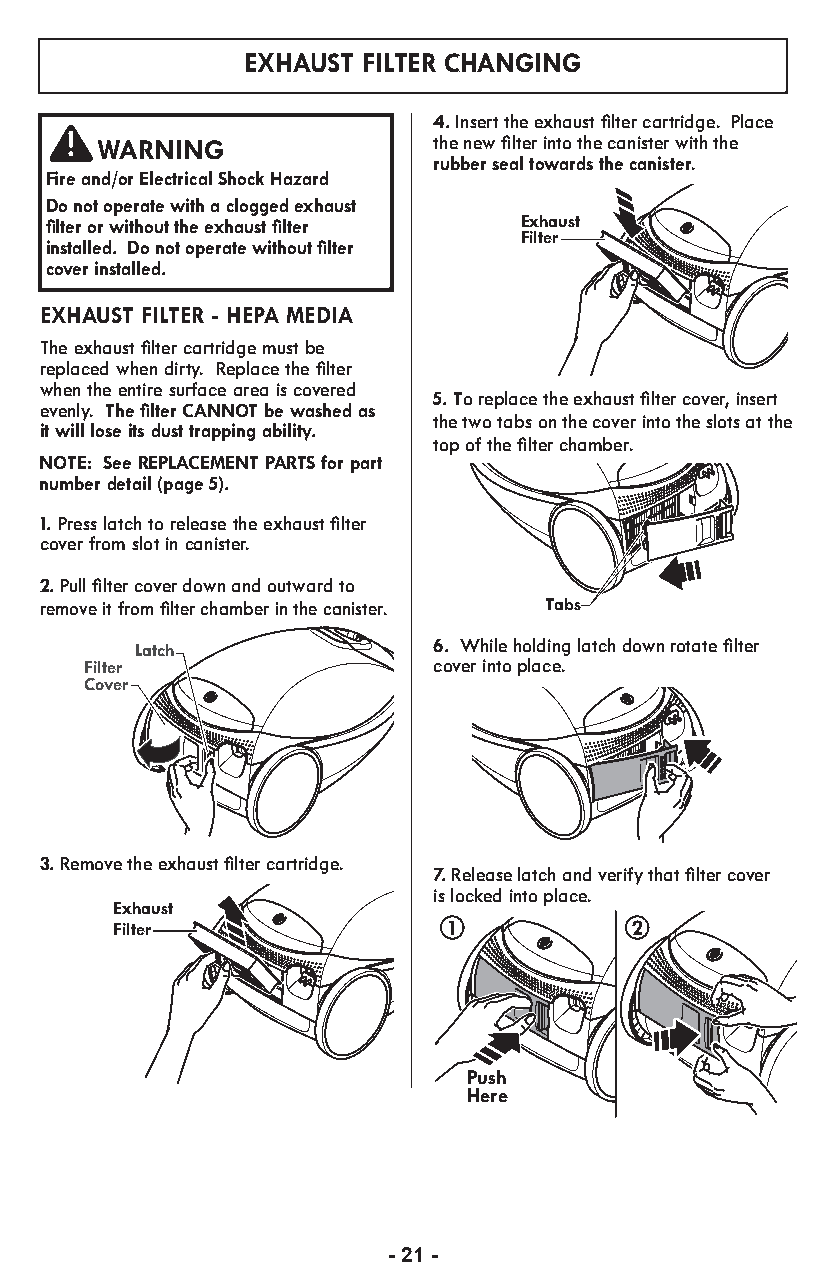
EXHAUST FILTER CHANGING
 4. Insert the exhaust filter cartridge. Place
 WARNING                the new filter into the canister with the
 rubber seal towards the canister.
 Fire and/or Electrical Shock Hazard
 Do not operate with a clogged exhaust
 filter or without the exhaust filter Exhaust
 Filter
 installed. Do not operate without filter
 cover installed.
 EXHAUST FILTER - HEPA MEDIA
 The exhaust filter cartridge must be
 replaced when dirty. Replace the filter
 when the entire surface area is covered
 5. To replace the exhaust filter cover, insert
 evenly. The filter CANNOT be washed as
 the two tabs on the cover into the slots at the
 it will lose its dust trapping ability.
 top of the filter chamber.
 NOTE: See REPLACEMENT PARTS for part
 number detail (page 5).
 1.Press latch to release the exhaust filter
 cover from slot in canister.
 2. Pull filter cover down and outward to
 remove it from filter chamber in the canister. Tabs
 6. While holding latch down rotate filter
 Latch
 Filter                 cover into place.
 Cover
 3.Remove the exhaust filter cartridge.
 7.Release latch and verify that filter cover
 is locked into place.
 Exhaust
 Filter                1           2
 Push
 Here
 - 21 -